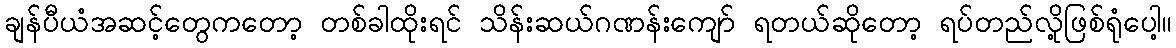
ချန်ပီယံအဆင့်တွေကတော့ တစ်ခါထိုးရင် သိန်းဆယ်ဂဏန်းကျော် ရတယ်ဆိုတော့ ရပ်တည်လို့ဖြစ်ရုံပေါ့။